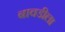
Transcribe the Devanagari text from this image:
बावडीला